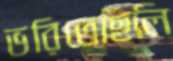
ভরিতেছিলি